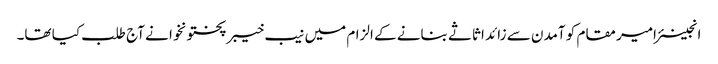
انجینئر امیر مقام کو آمدن سے زائد اثاثے بنانے کے الزام میں نیب خیبرپختونخوا نے آج طلب کیا تھا۔